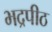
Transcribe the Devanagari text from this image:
भद्रपीठ